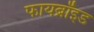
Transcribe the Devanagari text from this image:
फायब्रॉइड